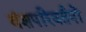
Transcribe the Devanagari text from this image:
वंशपरिवर्तनों